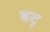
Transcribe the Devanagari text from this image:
बटृ